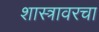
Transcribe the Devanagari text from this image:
शास्त्रावरचा